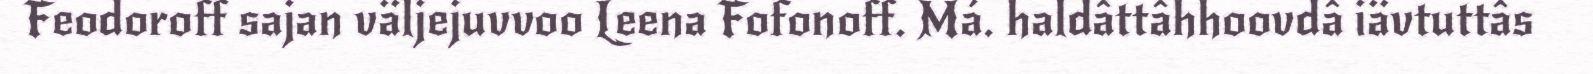
Feodoroff sajan väljejuvvoo Leena Fofonoff. Má. haldâttâhhoovdâ iävtuttâs